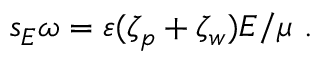
s _ { E } \omega = \varepsilon ( \zeta _ { p } + \zeta _ { w } ) E / \mu \ .